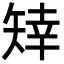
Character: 䂔